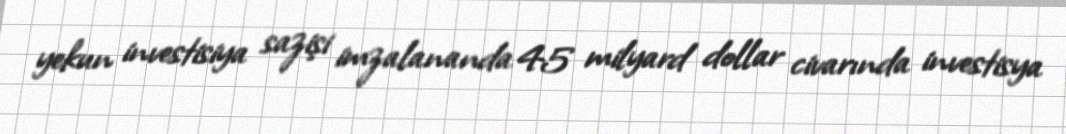
yekun investisiya sazişi imzalananda 45 milyard dollar civarında investisya